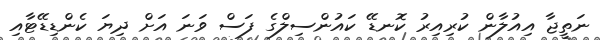
ނަތީޖާ އިއުލާން ކުރިއިރު ކޮނޑޭ ކައުންސިލްގެ ފަސް ވަނަ އަށް ދިޔަ ކެންޑިޑޭޓާއި